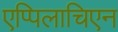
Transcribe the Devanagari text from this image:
एप्पिलाचिएन